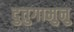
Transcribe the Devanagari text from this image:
दुतुगामुनु